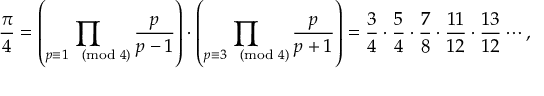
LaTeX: { \frac { \pi } { 4 } } = \left( \prod _ { p \equiv 1 { \pmod { 4 } } } { \frac { p } { p - 1 } } \right) \cdot \left( \prod _ { p \equiv 3 { \pmod { 4 } } } { \frac { p } { p + 1 } } \right) = { \frac { 3 } { 4 } } \cdot { \frac { 5 } { 4 } } \cdot { \frac { 7 } { 8 } } \cdot { \frac { 1 1 } { 1 2 } } \cdot { \frac { 1 3 } { 1 2 } } \cdots ,